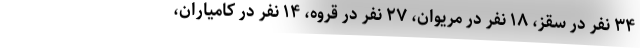
۳۴ نفر در سقز، ۱۸ نفر در مریوان، ۲۷ نفر در قروه، ۱۴ نفر در کامیاران،